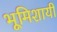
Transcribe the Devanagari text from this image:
भूमिशायी